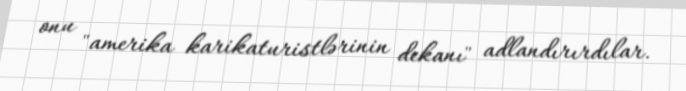
onu "amerika karikaturistlərinin dekanı" adlandırırdılar.